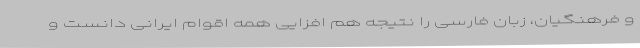
و فرهنگیان، زبان فارسی را نتیجه هم افزایی همه اقوام ایرانی دانست و